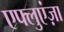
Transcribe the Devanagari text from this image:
एफ्लुएंज़ा